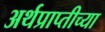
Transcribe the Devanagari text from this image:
अर्थप्राप्तीच्या